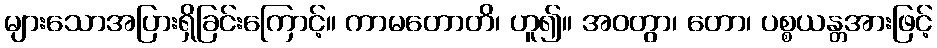
များသောအပြားရှိခြင်းကြောင့်။ ကာမတောတိ၊ ဟူ၍။ အဝတွာ၊ တော၊ ပစ္စယန္တအားဖြင့်